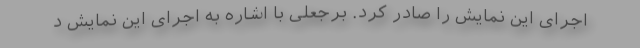
اجرای این نمایش را صادر کرد. برجعلی با اشاره به اجرای این نمایش د